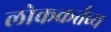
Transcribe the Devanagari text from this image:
लोककर्तव्य